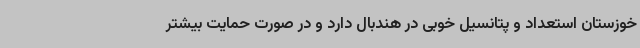
خوزستان استعداد و پتانسیل خوبی در هندبال دارد و در صورت حمایت بیشتر